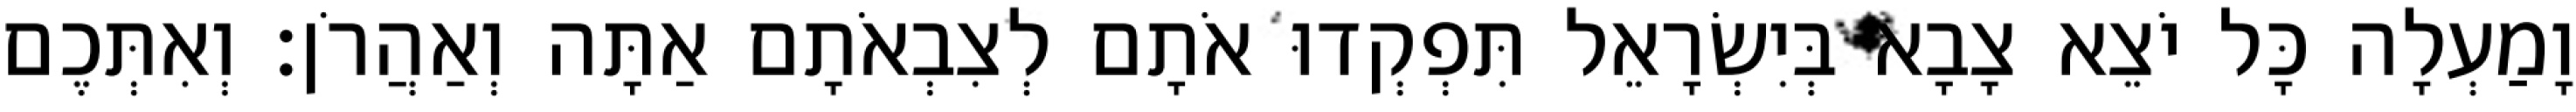
וָמַעְלָה כָּל יֹצֵא צָבָא בְּיִשְׂרָאֵל תִּפְקְדוּ אֹתָם לְצִבְאֹתָם אַתָּה וְאַהֲרֹן׃ וְאִתְּכֶם